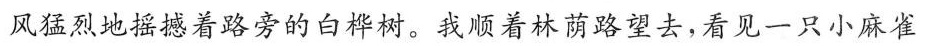
风猛烈地摇撼着路旁的白桦树。我顺着林荫路望去，看见一只小麻雀